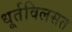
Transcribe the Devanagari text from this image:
धूर्तविलसत